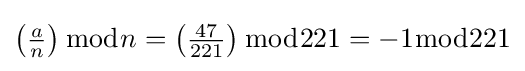
\left({\tfrac {a}{n}}\right){\bmod {n}}=\left({\tfrac {47}{221}}\right){\bmod {2}}21=-1{\bmod {2}}21